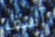
آسف